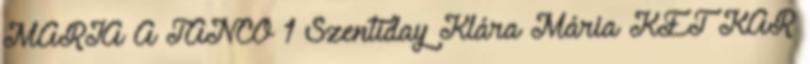
MÁRIA A TÁNCO 1 Szentiday Klára Mária KÉT KAR